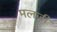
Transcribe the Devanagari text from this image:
मलजी